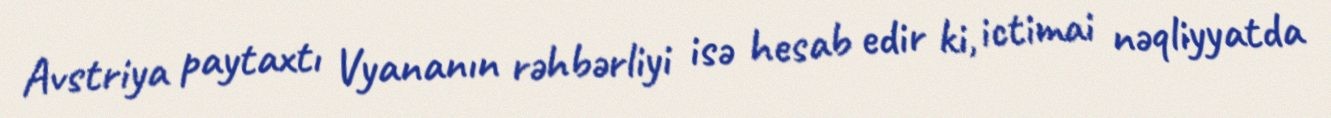
Avstriya paytaxtı Vyananın rəhbərliyi isə hesab edir ki, ictimai nəqliyyatda